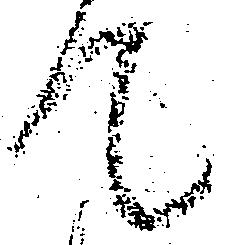
て